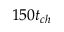
1 5 0 t _ { c h }